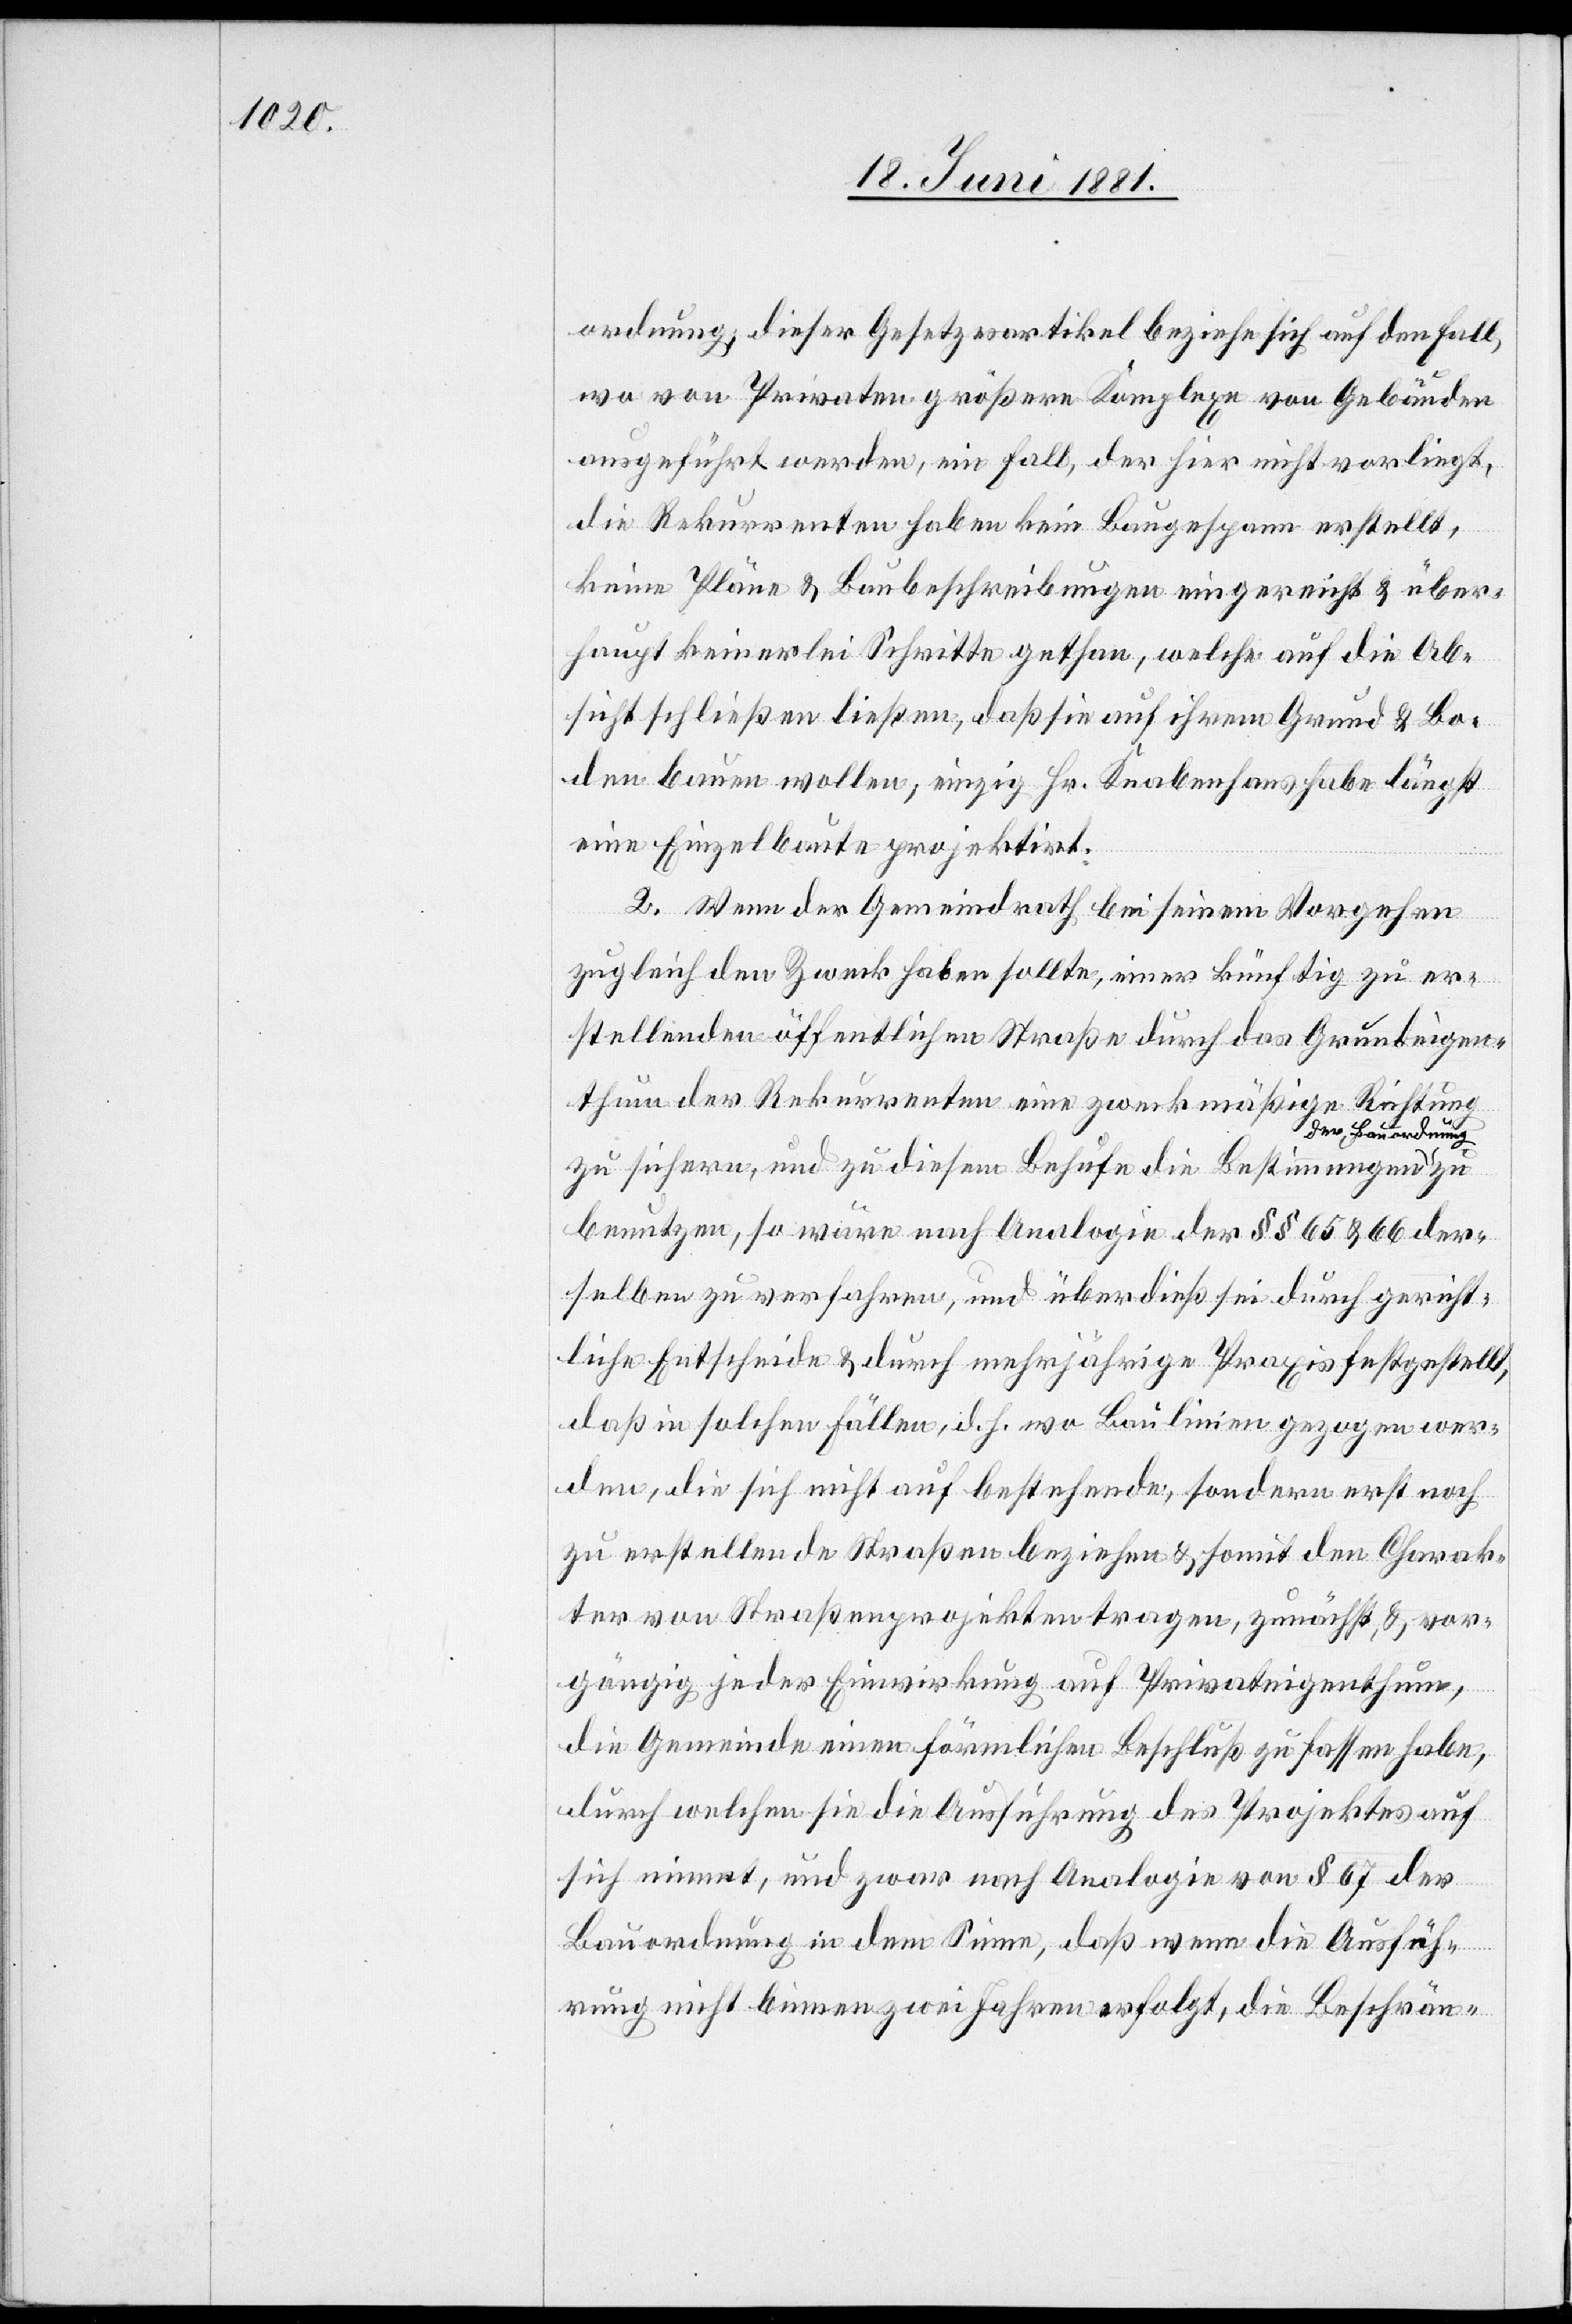
ordnung; dieser Gesetzesartikel beziehe sich auf den Fall,
wo von Privaten größere Komplexe von Gebäuden
ausgeführt werden, ein Fall, der hier nicht vorliegt,
die Rekurrenten haben kein Baugespann erstellt,
keine Pläne & Baubeschreibungen eingereicht & über¬
haupt keinerlei Schritte gethan, welche auf die Ab¬
sicht schließen ließen, daß sie auf ihrem Grund & Bo¬
den bauen wollen, einzig Hr. Knabenhans habe längst
eine Einzelbaute projektirt.
2. Wenn der Gemeindrath bei seinem Vorgehen
zugleich den Zweck haben sollte, einer künftig zu er¬
stellenden öffentlichen Straße durch das Grundeigen¬
thum des Rekurrenten eine zweckmäßige Richtung
a-der Bauordnung-a
zu sichern, und zu diesem Behufe die Bestimmungen
benutzen, so wäre nach Analogie der §§ 65 & 66 der¬
selben zu verfahren, und überdieß sei durch gericht¬
liche Entscheide & durch mehrjährige Praxis festgestellt,
daß in solchen Fällen, d. h. wo Baulinien gezogen wer¬
den, die sich nicht auf bestehende, sondern erst noch
zu erstellenden Straßen beziehen & somit den Charak¬
ter von Straßenprojekten tragen, zunächst & vor¬
gängig jeder Einwirkung auf Privateigenthum,
die Gemeinde einen förmlichen Beschluß zu fassen habe,
durch welchen sie die Ausführung des Projektes auf
sich innert, und zwar nach Analogie von § 67 der
Bauordnung in dem Sinne, daß wenn die Ausfüh¬
rung nicht binnen zwei Jahren erfolgt, die Beschrän-